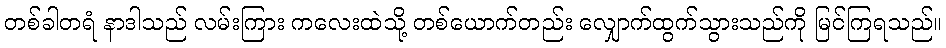
တစ်ခါတရံ နာဒါသည် လမ်းကြား ကလေးထဲသို့ တစ်ယောက်တည်း လျှောက်ထွက်သွားသည်ကို မြင်ကြရသည်။